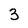
Character: 3